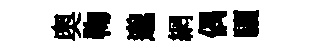
奥鞠邈網偶驪